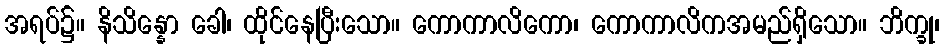
အရပ်၌။ နိသိန္နော ခေါ၊ ထိုင်နေပြီးသော။ ကောကာလိကော၊ ကောကာလိကအမည်ရှိသော။ ဘိက္ခု၊